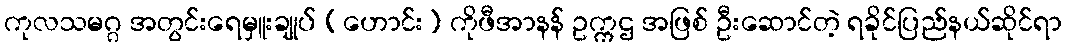
ကုလသမဂ္ဂ အတွင်းရေမှူးချုပ် (ဟောင်း) ကိုဖီအာနန် ဥက္ကဌ အဖြစ် ဦးဆောင်တဲ့ ရခိုင်ပြည်နယ်ဆိုင်ရာ